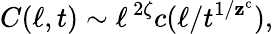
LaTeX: C(\ell,t)\sim\ell^{\, 2\zeta}c(\ell/t^{1/\mathbf{z}^{\mathrm{{c}}}}),